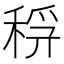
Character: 𥟞